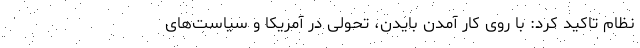
نظام تاکید کرد: با روی کار آمدن بایدن، تحولی در آمریکا و سیاست‌های